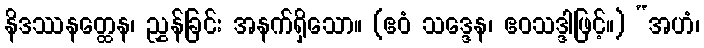
နိဒဿနတ္ထေန၊ ညွှန်ခြင်း အနက်ရှိသော။ (ဧဝံ သဒ္ဒေန၊ ဧဝသဒ္ဒါဖြင့်။) “အဟံ၊